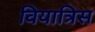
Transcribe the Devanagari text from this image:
वियात्रिस